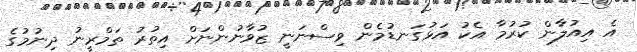
އެ އިއުލާން ކުރުމާ އެކު އަޅުގަނޑުމެން ވިސްނަނީ ޒުވާނުންނަށް އިތުރު ތަމްރީނު ދިނުމުގެ